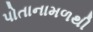
પોતાનામળથી